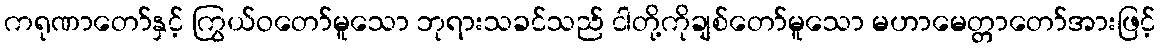
ကရုဏာတော်နှင့် ကြွယ်ဝတော်မူသော ဘုရားသခင်သည် ငါတို့ကိုချစ်တော်မူသော မဟာမေတ္တာတော်အားဖြင့်